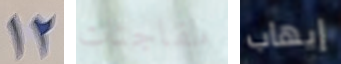
12 مفاجئات إيهاب